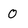
Character: 0